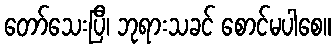
တော်သေးပြီ၊ ဘုရားသခင် စောင်မပါစေ။